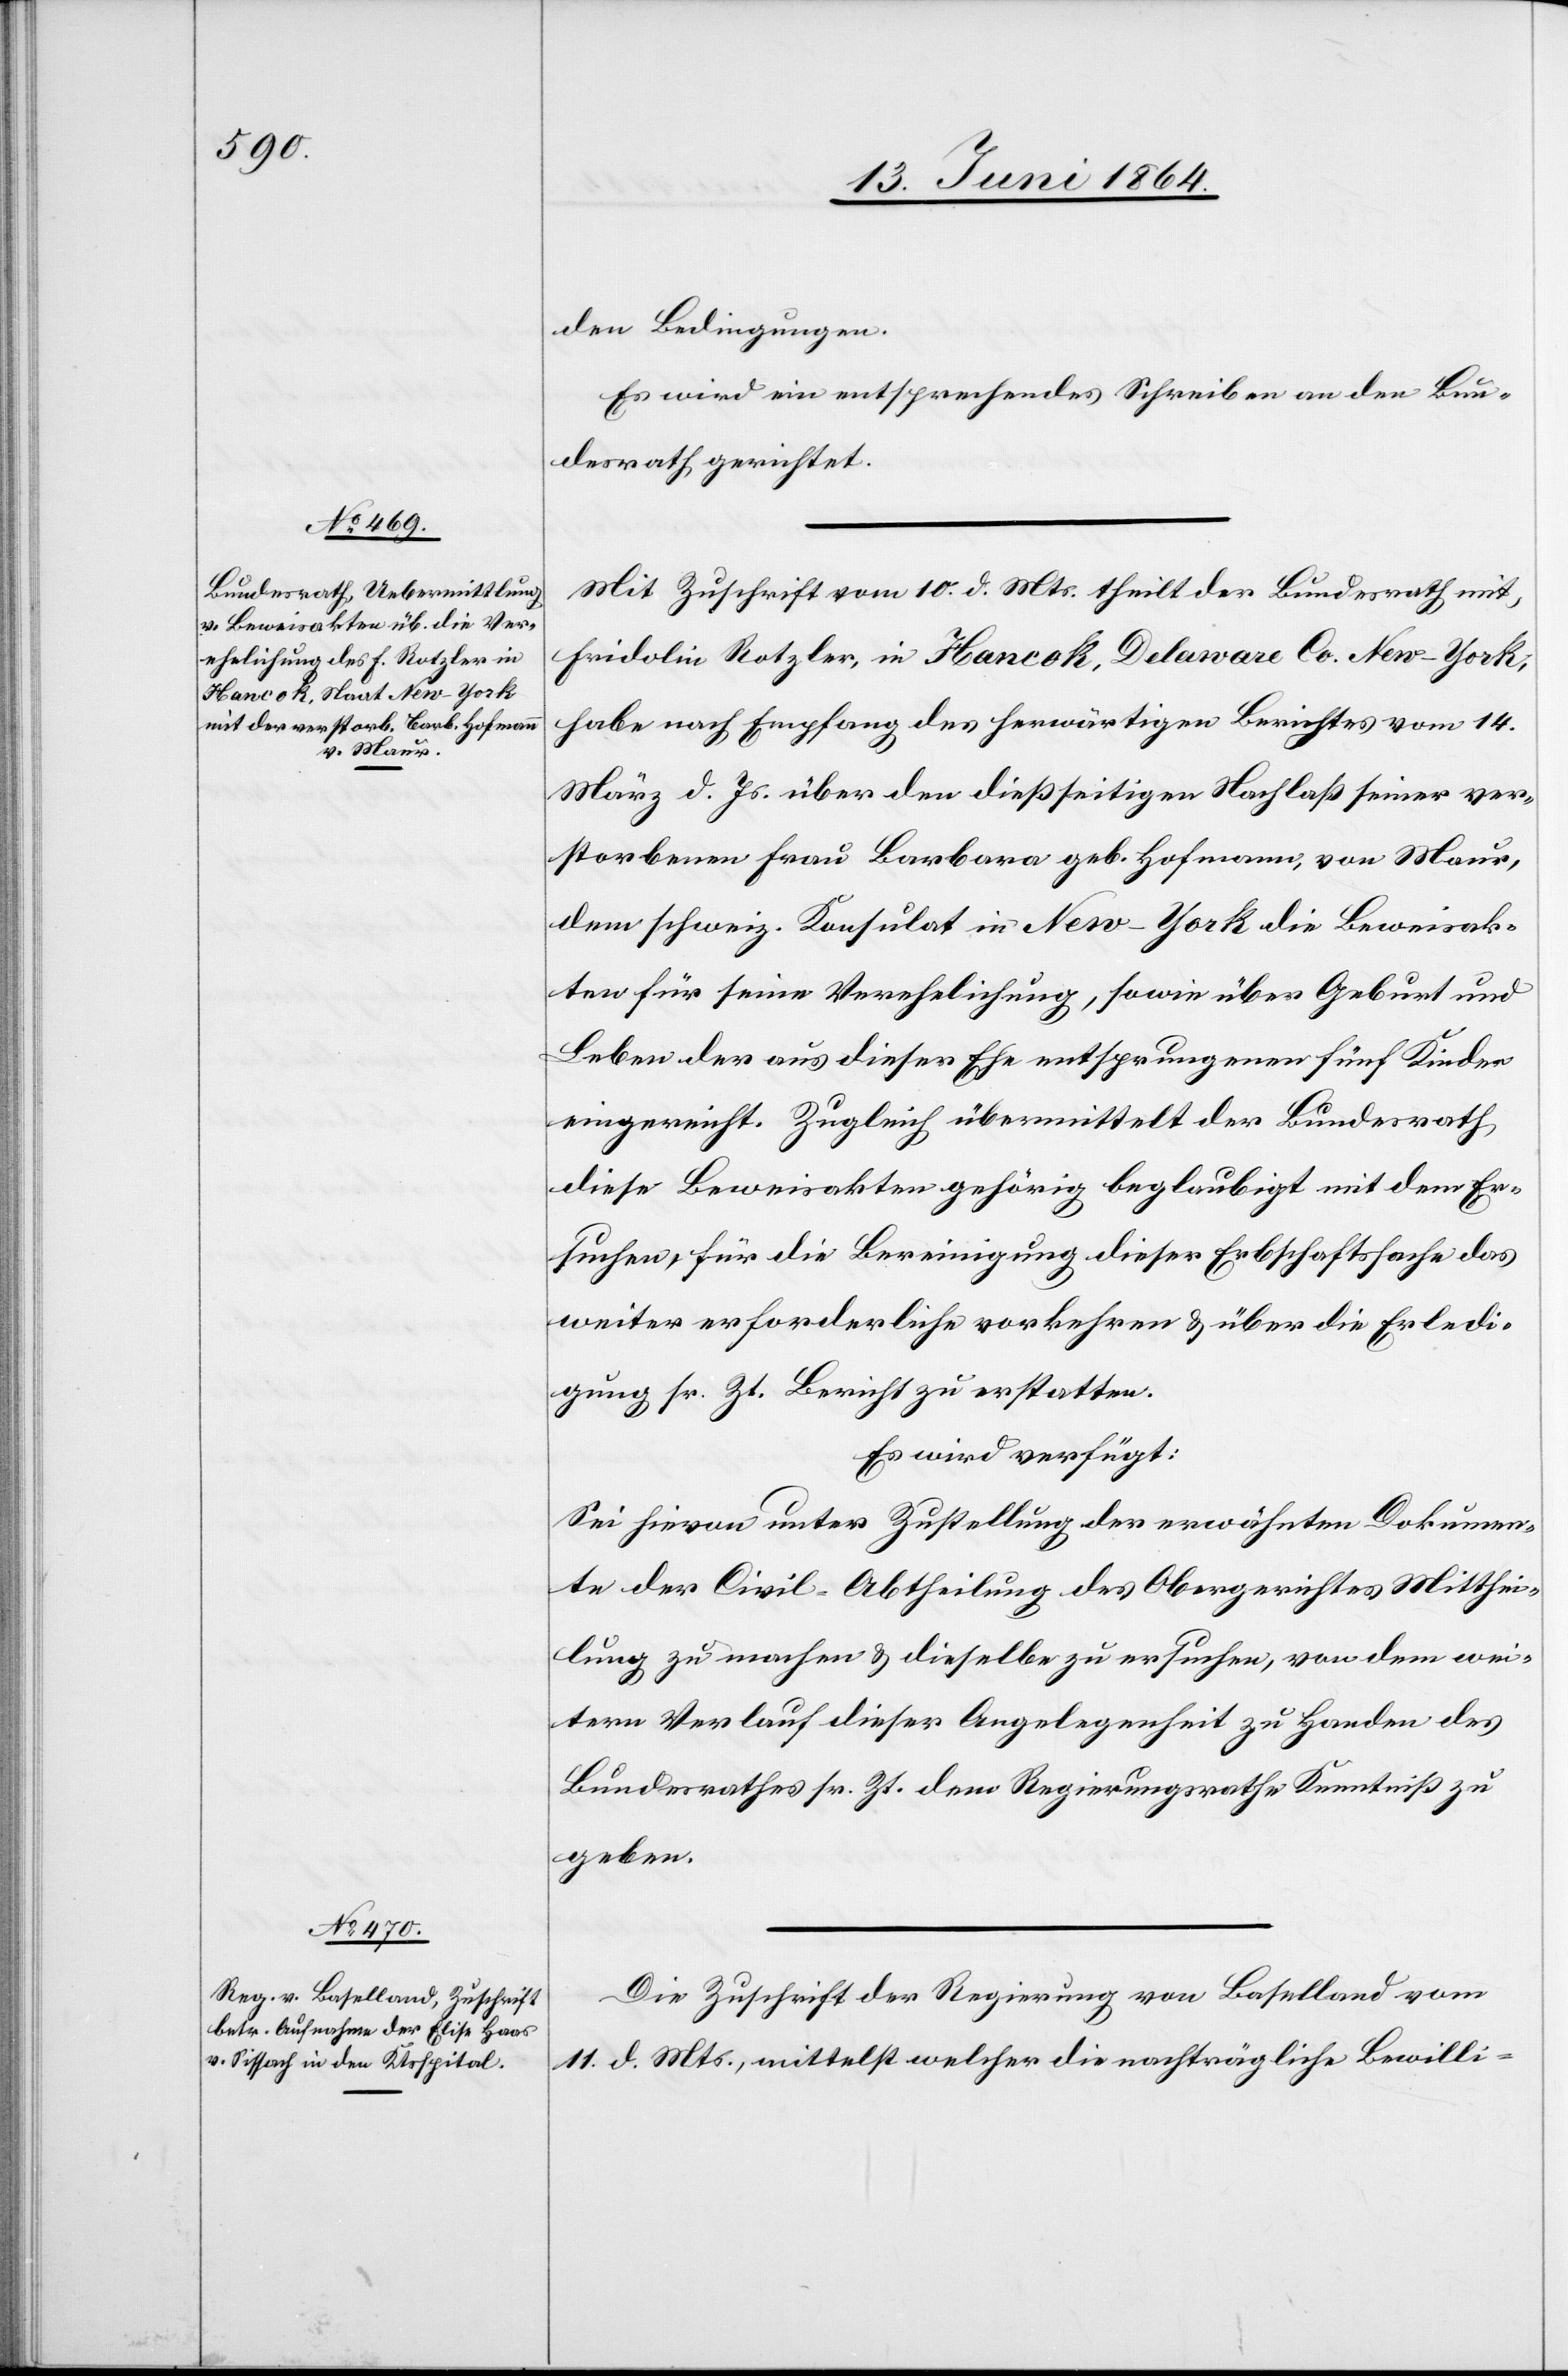
13. Juni 1864.]
den Bedingungen.
Es wird ein entsprechendes Schreiben an den Bun¬
desrath gerichtet.
Mit Zuschrift vom 10. d. Mts. theilt der Bundesrath mit,
Fridolin Rotzler, in Hancok, Delaware Co. New-York,
habe nach Empfang des herwärtigen Berichtes vom 14.
März d. Js. über den dießseitigen Nachlaß seiner ver¬
storbenen Frau Barbara geb. Hofmann, von Maur,
dem schweiz. Konsulat in New-York die Beweisak¬
ten für seine Verehelichung, sowie über Geburt und
Leben der aus dieser Ehe entsprungenen fünf Kinder
eingereicht. Zugleich übermittelt der Bundesrath
diese Beweisakten gehörig beglaubigt mit dem Er¬
suchen, für die Bereinigung dieser Erbschaftssache das
weiter erforderliche vorkehren u. über die Erledi¬
gung sr. Zt. Bericht zu erstatten.
Es wird verfügt:
Sei hievon unter Zustellung der erwähnten Dokumen¬
te der Civil-Abtheilung des Obergerichtes Mitthei¬
lung zu machen u. dieselbe zu ersuchen, von dem wei¬
tern Verlauf dieser Angelegenheit zu Handen des
Bundesrathes sr. Zt. dem Regierungsrathe Kenntniß zu
geben.
Die Zuschrift der Regierung von Baselland vom
11. d. Mts., mittelst welcher die nachträgliche Bewilli-